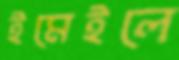
ইমেইলে